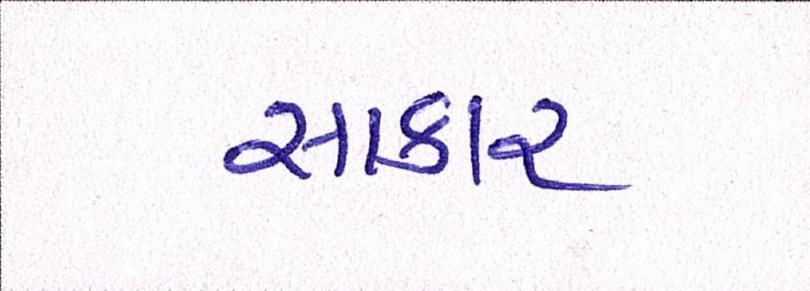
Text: સાકાર